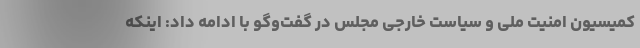
کمیسیون امنیت ملی و سیاست خارجی مجلس در گفت‌وگو با ادامه داد: اینکه